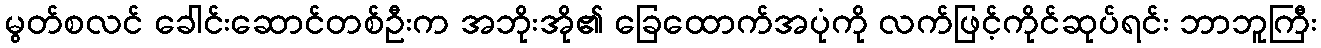
မွတ်စလင် ခေါင်းဆောင်တစ်ဦးက အဘိုးအို၏ ခြေထောက်အပုံကို လက်ဖြင့်ကိုင်ဆုပ်ရင်း ဘာဘူကြီး